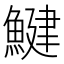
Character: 鰎